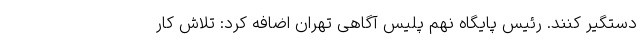
دستگیر کنند. رئیس پایگاه نهم پلیس آگاهی تهران اضافه کرد: تلاش کار